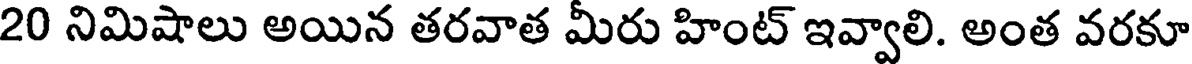
20 నిమిషాలు అయిన తరవాత మీరు హింట్ ఇవ్వాలి. అంత వరకూ